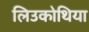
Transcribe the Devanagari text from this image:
लिउकोथिया